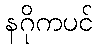
နဂိုကပင်